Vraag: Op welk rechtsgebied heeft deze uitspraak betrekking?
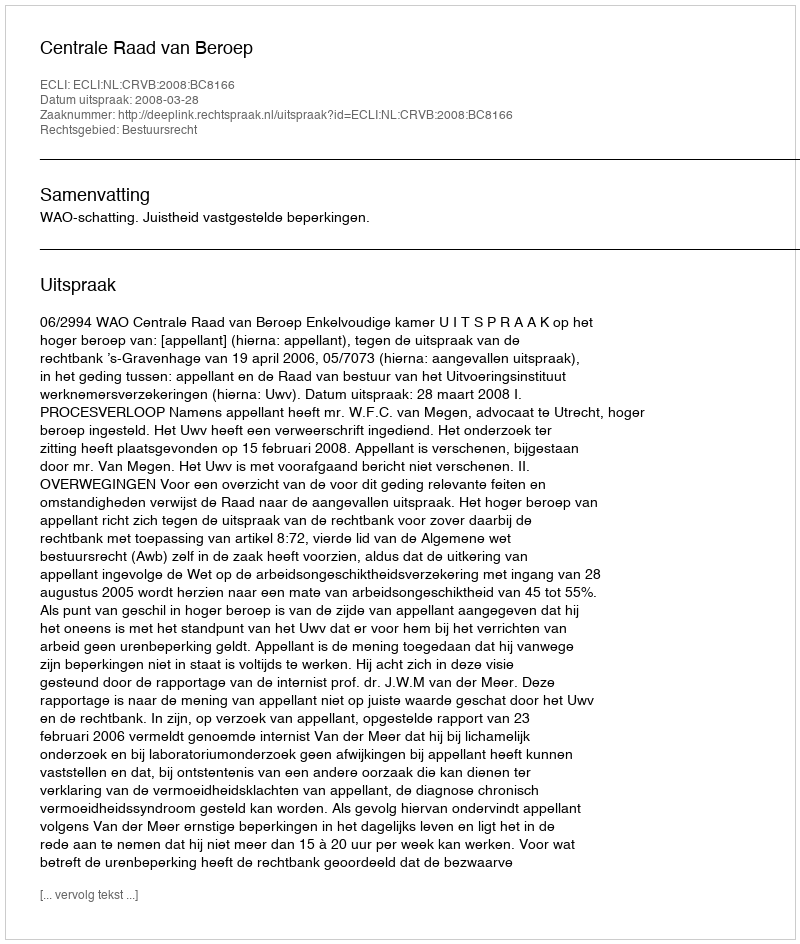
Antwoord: Bestuursrecht